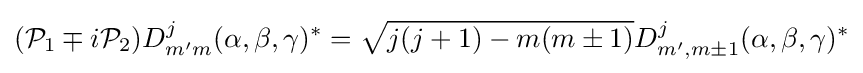
({\mathcal {P}}_{1}\mp i{\mathcal {P}}_{2})D_{m'm}^{j}(\alpha ,\beta ,\gamma )^{*}={\sqrt {j(j+1)-m(m\pm 1)}}D_{m',m\pm 1}^{j}(\alpha ,\beta ,\gamma )^{*}